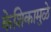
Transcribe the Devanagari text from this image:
केशिकामुळे